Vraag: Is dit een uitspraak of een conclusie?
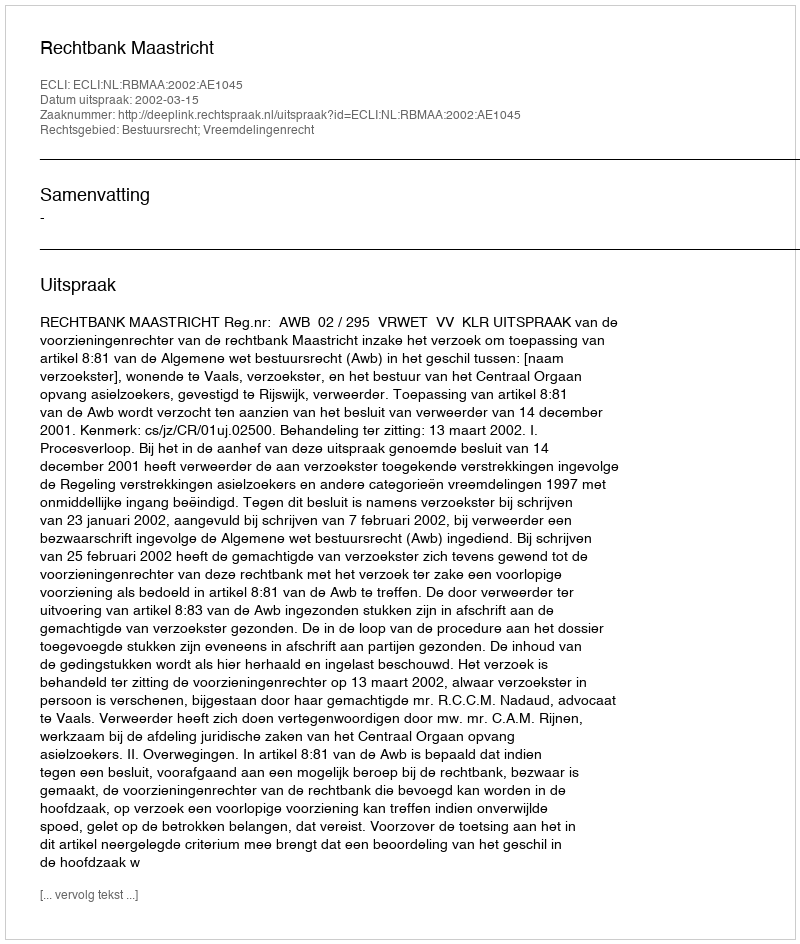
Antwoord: Uitspraak